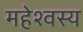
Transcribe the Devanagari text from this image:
महेश्वस्य